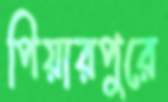
পিয়ারপুুরে